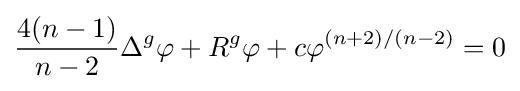
{\frac {4(n-1)}{n-2}}\Delta ^{g}\varphi +R^{g}\varphi +c\varphi ^{(n+2)/(n-2)}=0